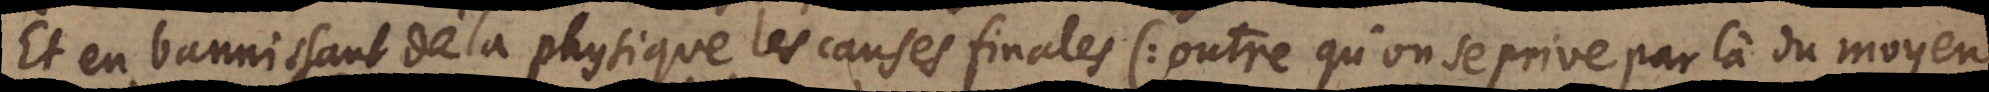
Et en bannissant de la physique les causes finales (: outre qu’on se prive par là du moyen